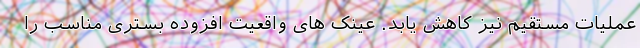
عملیات مستقیم نیز کاهش یابد. عینک های واقعیت افزوده بستری مناسب را